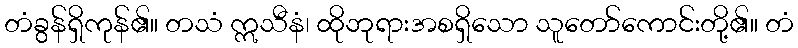
တံခွန်ရှိကုန်၏။ တသံ ဣသီနံ၊ ထိုဘုရားအစရှိသော သူတော်ကောင်းတို့၏။ တံ